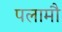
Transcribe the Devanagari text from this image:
पलामौ